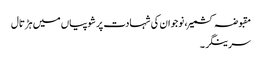
مقبوضہ کشمیر، نوجوان کی شہادت پر شوپیاں میں ہڑتال
سرینگر ۔